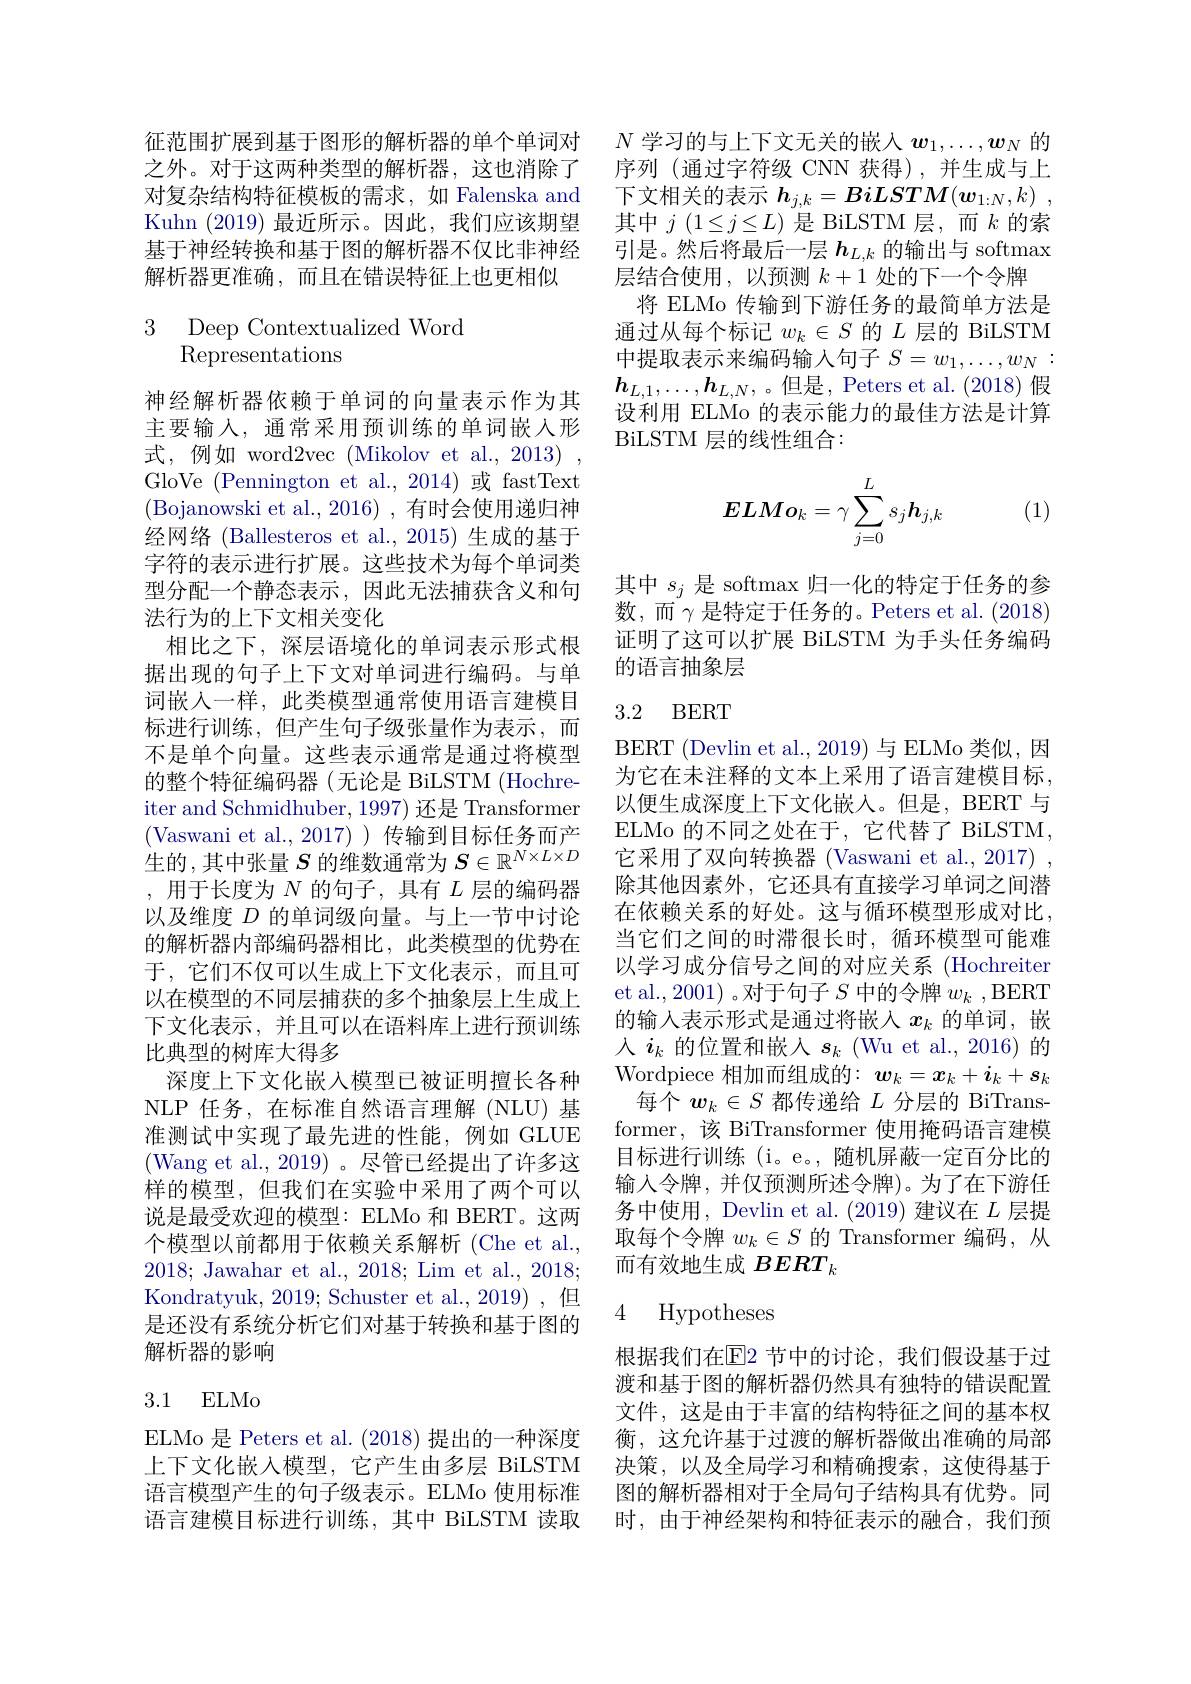
征范围扩展到基于图形的解析器的单个单词对之外。对于这两种类型的解析器，这也消除了对复杂结构特征模板的需求，如 Falenska and Kuhn (2019)最近所示。因此，我们应该期望基于神经转换和基于图的解析器不仅比非神经解析器更准确，而且在错误特征上也更相似

# 3 Deep Contextualized Word Representations

神经解析器依赖于单词的向量表示作为其主要输入，通常采用预训练的单词嵌入形式，例如 word2vec (Mikolov et al., 2013) , GloVe (Pennington et al.,2014)或 fastText (Bojanowski et al., 2016), 有时会使用递归神经网络 (Ballesteros et al., 2015) 生成的基于字符的表示进行扩展。这些技术为每个单词类型分配一个静态表示，因此无法捕获含义和句法行为的上下文相关变化
相比之下，深层语境化的单词表示形式根据出现的句子上下文对单词进行编码。与单词嵌人一样，此类模型通常使用语言建模目标进行训练，但产生句子级张量作为表示，而不是单个向量。这些表示通常是通过将模型的整个特征编码器(无论是 BiLSTM(Hochre-) iter and Schmidhuber, 1997) 还是 Transformer (Vaswani et al.,2017))传输到目标任务而产生的，其中张量$S$ 的维数通常为 $S\in\mathbb{R}^N\times L\times D$ ,用于长度为$N$的句子，具有$L$层的编码器以及维度$D$的单词级向量。与上一节中讨论的解析器内部编码器相比，此类模型的优势在于，它们不仅可以生成上下文化表示，而且可以在模型的不同层捕获的多个抽象层上生成上下文化表示，并且可以在语料库上进行预训练比典型的树库大得多
深度上下文化嵌入模型已被证明擅长各种NLP 任务，在标准自然语言理解(NLU)基准测试中实现了最先进的性能，例如 GLUE (Wang et al., 2019)。尽管已经提出了许多这样的模型，但我们在实验中采用了两个可以说是最受欢迎的模型：ELMo 和 BERT。这两个模型以前都用于依赖关系解析 (Che et al., 2018; Jawahar et al., 2018; Lim et al., 2018; Kondratyuk, 2019; Schuster et al. , 2019) , 但是还没有系统分析它们对基于转换和基于图的解析器的影响

# 3.1 ELMo

ELMo 是 Peters et al. (2018)提出的一种深度上下文化嵌入模型，它产生由多层 BiLSTM

$N$学习的与上下文无关的嵌入$w_1,\ldots,\boldsymbol{w}_N$的序列 (通过字符级 CNN 获得),并生成与上下文相关的表示$h_j, k= BiLSTM( \boldsymbol{w}_{1: N}, k)$ , 其中$j(1\leq j\leq L)$是 BiLSTM 层，而$k$的索引是。然后将最后一层$h_L,k$的输出与 softmax 层结合使用，以预测$k+1$处的下一个令牌
将 ELMo 传输到下游任务的最简单方法是通过从每个标记$w_k\in S$的$L$层的 BiLSTM 中提取表示来编码输入句子$S=w_1,\ldots,w_N:$ $\boldsymbol{h}_{L,1},\ldots,\boldsymbol{h}_{L,N}$,。但是，Peters et al.(2018)假设利用 ELMo 的表示能力的最佳方法是计算BiLSTM层的线性组合：
$$ELMo_k=\gamma\sum_{j=0}^Ls_jh_{j,k}$$
(1)

其中$s_j$是 softmax 归一化的特定于任务的参数，而$\gamma$是特定于任务的。Peters et al.(2018) 证明了这可以扩展 BiLSTM 为手头任务编码的语言抽象层

## 3.2 BERT

BERT ( Devlin et al. , 2019) 与 ELMo 类 似 , 因 为它在未注释的文本上采用了语言建模目标， 以便生成深度上下文化嵌入。但是，BERT 与ELMo 的不同之处在于，它代替了 BiLSTM, 它采用了双向转换器 (Vaswani et al., 2017) , 除其他因素外，它还具有直接学习单词之间潜在依赖关系的好处。这与循环模型形成对比， 当它们之间的时滞很长时，循环模型可能难以学习成分信号之间的对应关系 (Hochreiter et al., 2001) 。对于句子$S$中的令牌$w_k$,BERT 的输入表示形式是通过将嵌入$x_k$的单词，嵌人$i_k$的位置和嵌入$s_k$ (Wu et al.,2016)的Wordpiece 相加而组成的：$w_k=x_k+\boldsymbol{i}_k+\boldsymbol{s}_k$
每个$w_k\in S$都传递给$L$分层的 BiTransformer,该 BiTransformer 使用掩码语言建模目标进行训练(i。e。,随机屏蔽一定百分比的输入令牌，并仅预测所述令牌)。为了在下游任务中使用，Devlin et al. (2019) 建议在$L$层提取每个令牌$w_k\in S$的 Transformer 编码，从而有效地生成$BERT_k$

## 4 Hypotheses

根据我们在$\overline{\mathrm{E}}$2 节中的讨论，我们假设基于过渡和基于图的解析器仍然具有独特的错误配置文件，这是由于丰富的结构特征之间的基本权衡，这允许基于过渡的解析器做出准确的局部决策，以及全局学习和精确搜索，这使得基于
语言模型产生的句子级表示。ELMo 使用标准 图的解析器相对于全局句子结构具有优势。同语言建模目标进行训练，其中 BiLSTM 读取 时，由于神经架构和特征表示的融合，我们预